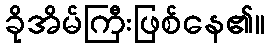
ခိုအိမ်ကြီးဖြစ်နေ၏။